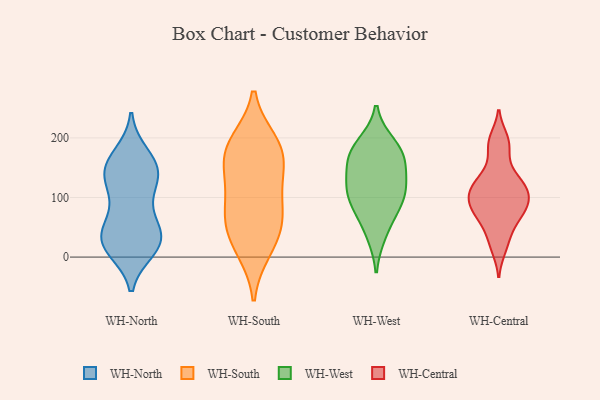
{"axis": {"x": "Market Share (%)", "y": "Value"}, "legend": ["WH-Central", "WH-North", "WH-South", "WH-West"], "data": [{"x": "", "y": 132, "type": "WH-North"}, {"x": "", "y": 90, "type": "WH-North"}, {"x": "", "y": 25, "type": "WH-North"}, {"x": "", "y": 29, "type": "WH-North"}, {"x": "", "y": 13, "type": "WH-North"}, {"x": "", "y": 147, "type": "WH-North"}, {"x": "", "y": 24, "type": "WH-North"}, {"x": "", "y": 160, "type": "WH-North"}, {"x": "", "y": 64, "type": "WH-North"}, {"x": "", "y": 130, "type": "WH-North"}, {"x": "", "y": 156, "type": "WH-North"}, {"x": "", "y": 15, "type": "WH-North"}, {"x": "", "y": 26, "type": "WH-North"}, {"x": "", "y": 40, "type": "WH-North"}, {"x": "", "y": 172, "type": "WH-North"}, {"x": "", "y": 144, "type": "WH-North"}, {"x": "", "y": 119, "type": "WH-North"}, {"x": "", "y": 50, "type": "WH-North"}, {"x": "", "y": 72, "type": "WH-South"}, {"x": "", "y": 192, "type": "WH-South"}, {"x": "", "y": 119, "type": "WH-South"}, {"x": "", "y": 26, "type": "WH-South"}, {"x": "", "y": 13, "type": "WH-South"}, {"x": "", "y": 182, "type": "WH-South"}, {"x": "", "y": 167, "type": "WH-South"}, {"x": "", "y": 68, "type": "WH-South"}, {"x": "", "y": 60, "type": "WH-South"}, {"x": "", "y": 130, "type": "WH-South"}, {"x": "", "y": 180, "type": "WH-South"}, {"x": "", "y": 95, "type": "WH-West"}, {"x": "", "y": 120, "type": "WH-West"}, {"x": "", "y": 171, "type": "WH-West"}, {"x": "", "y": 105, "type": "WH-West"}, {"x": "", "y": 161, "type": "WH-West"}, {"x": "", "y": 174, "type": "WH-West"}, {"x": "", "y": 189, "type": "WH-West"}, {"x": "", "y": 126, "type": "WH-West"}, {"x": "", "y": 76, "type": "WH-West"}, {"x": "", "y": 39, "type": "WH-West"}, {"x": "", "y": 70, "type": "WH-Central"}, {"x": "", "y": 197, "type": "WH-Central"}, {"x": "", "y": 131, "type": "WH-Central"}, {"x": "", "y": 190, "type": "WH-Central"}, {"x": "", "y": 106, "type": "WH-Central"}, {"x": "", "y": 144, "type": "WH-Central"}, {"x": "", "y": 109, "type": "WH-Central"}, {"x": "", "y": 122, "type": "WH-Central"}, {"x": "", "y": 50, "type": "WH-Central"}, {"x": "", "y": 104, "type": "WH-Central"}, {"x": "", "y": 16, "type": "WH-Central"}, {"x": "", "y": 25, "type": "WH-Central"}, {"x": "", "y": 122, "type": "WH-Central"}, {"x": "", "y": 76, "type": "WH-Central"}, {"x": "", "y": 88, "type": "WH-Central"}, {"x": "", "y": 71, "type": "WH-Central"}, {"x": "", "y": 186, "type": "WH-Central"}, {"x": "", "y": 102, "type": "WH-Central"}, {"x": "", "y": 82, "type": "WH-Central"}]}